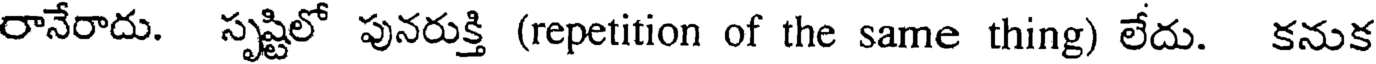
రానేరాదు. సృష్టిలో పునరుక్తి (repetition of the same thing) లేదు. కనుక